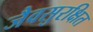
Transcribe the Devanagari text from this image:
जैवसुरक्षित